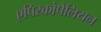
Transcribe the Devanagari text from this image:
एपिस्कोपेलियन